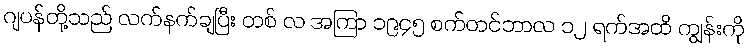
ဂျပန်တို့သည် လက်နက်ချပြီး တစ် လ အကြာ ၁၉၄၅ စက်တင်ဘာလ ၁၂ ရက်အထိ ကျွန်းကို